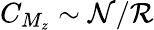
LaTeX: C_{M_{z}}\sim\mathcal{N}/\mathcal{R}